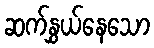
ဆက်နွှယ်နေသော